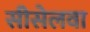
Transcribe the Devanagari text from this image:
सीसेलवा